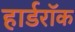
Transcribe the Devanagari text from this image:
हार्डरॉक